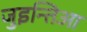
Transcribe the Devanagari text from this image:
जुइन्तिआ